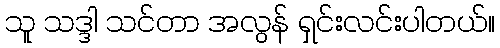
သူ သဒ္ဒါ သင်တာ အလွန် ရှင်းလင်းပါတယ်။